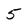
Character: 5